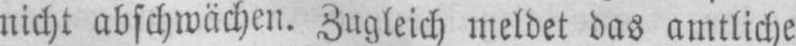
nicht abschwächen. Zugleich meldet das amtliche